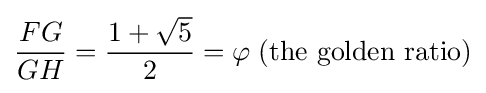
{\frac {FG}{GH}}={\frac {1+{\sqrt {5}}}{2}}=\varphi \;({\text{the golden ratio}})